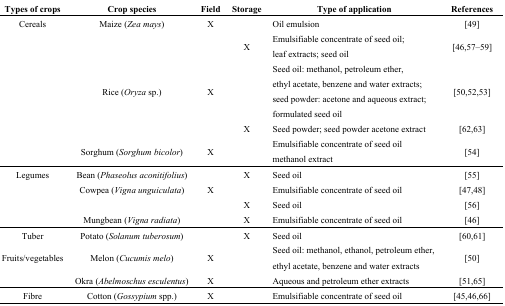
<table><thead><tr><td><b>Types of crops</b></td><td><b>Crop species</b></td><td><b>Field</b></td><td><b>Storage</b></td><td><b>Type of application</b></td><td><b>References</b></td></tr></thead><tbody><tr><td>Cereals</td><td>Maize (<i>Zea mays</i>)</td><td>X</td><td></td><td>Oil emulsion</td><td>[49]</td></tr><tr><td></td><td></td><td></td><td>X</td><td>Emulsifiable concentrate of seed oil; leaf extracts; seed oil</td><td>[46,57–59]</td></tr><tr><td></td><td>Rice (<i>Oryza</i> sp.)</td><td>X</td><td></td><td>Seed oil: methanol, petroleum ether, ethyl acetate, benzene and water extracts; seed powder: acetone and aqueous extract; formulated seed oil</td><td>[50,52,53]</td></tr><tr><td></td><td></td><td></td><td>X</td><td>Seed powder; seed powder acetone extract</td><td>[62,63]</td></tr><tr><td></td><td>Sorghum (<i>Sorghum bicolor</i>)</td><td>X</td><td></td><td>Emulsifiable concentrate of seed oil methanol extract</td><td>[54]</td></tr><tr><td>Legumes</td><td>Bean (<i>Phaseolus aconitifolius</i>)</td><td></td><td>X</td><td>Seed oil</td><td>[55]</td></tr><tr><td></td><td>Cowpea (<i>Vigna unguiculata</i>)</td><td>X</td><td></td><td>Emulsifiable concentrate of seed oil</td><td>[47,48]</td></tr><tr><td></td><td></td><td></td><td>X</td><td>Seed oil</td><td>[56]</td></tr><tr><td></td><td>Mungbean (<i>Vigna radiata</i>)</td><td></td><td>X</td><td>Emulsifiable concentrate of seed oil</td><td>[46]</td></tr><tr><td>Tuber</td><td>Potato (<i>Solanum tuberosum</i>)</td><td></td><td>X</td><td>Seed oil</td><td>[60,61]</td></tr><tr><td>Fruits/vegetables</td><td>Melon (<i>Cucumis melo</i>)</td><td>X</td><td></td><td>Seed oil: methanol, ethanol, petroleum ether, ethyl acetate, benzene and water extracts</td><td>[50]</td></tr><tr><td></td><td>Okra (<i>Abelmoschus esculentus</i>)</td><td>X</td><td></td><td>Aqueous and petroleum ether extracts</td><td>[51,65]</td></tr><tr><td>Fibre</td><td>Cotton (<i>Gossypium</i> spp.)</td><td>X</td><td></td><td>Emulsifiable concentrate of seed oil</td><td>[45,46,66]</td></tr></tbody></table>